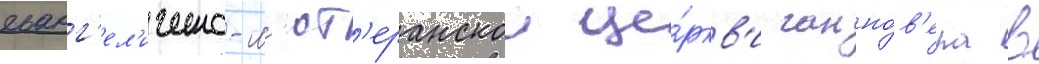
еванг'ел'ическо-л'ют'еранскои це́ркв'и ганно́в'ера в